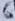
Text: 6